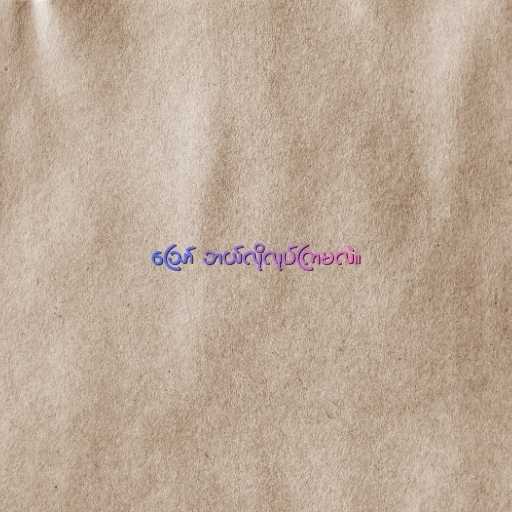
ဪ ဘယ်လိုလုပ်ကြမလဲ။